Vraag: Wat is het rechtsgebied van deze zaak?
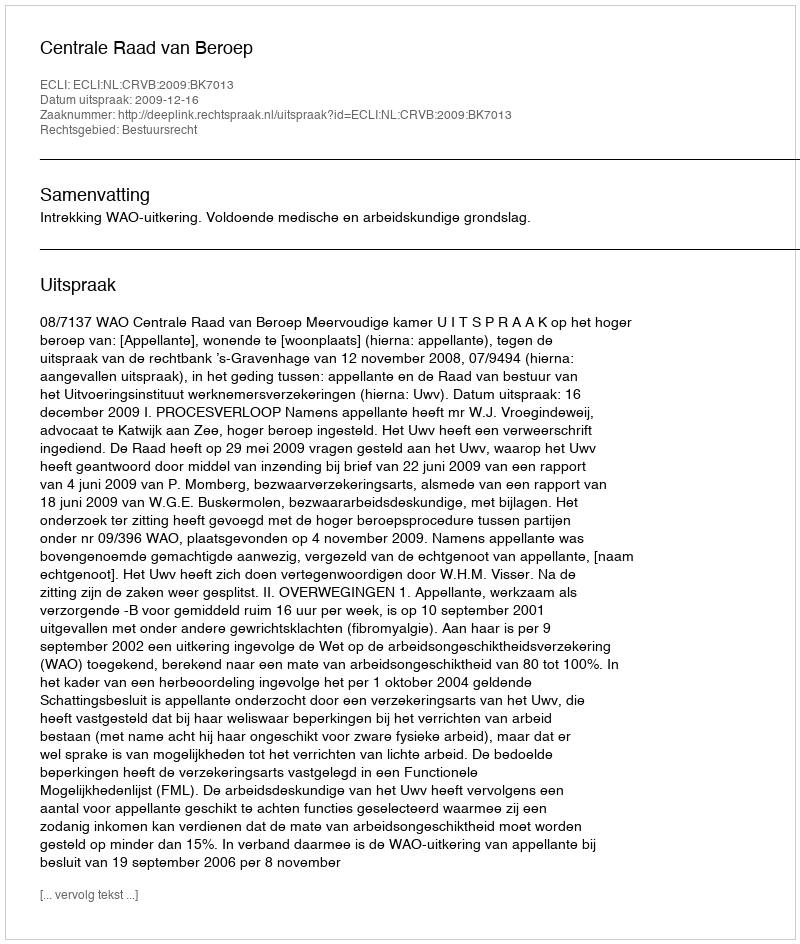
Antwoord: Bestuursrecht